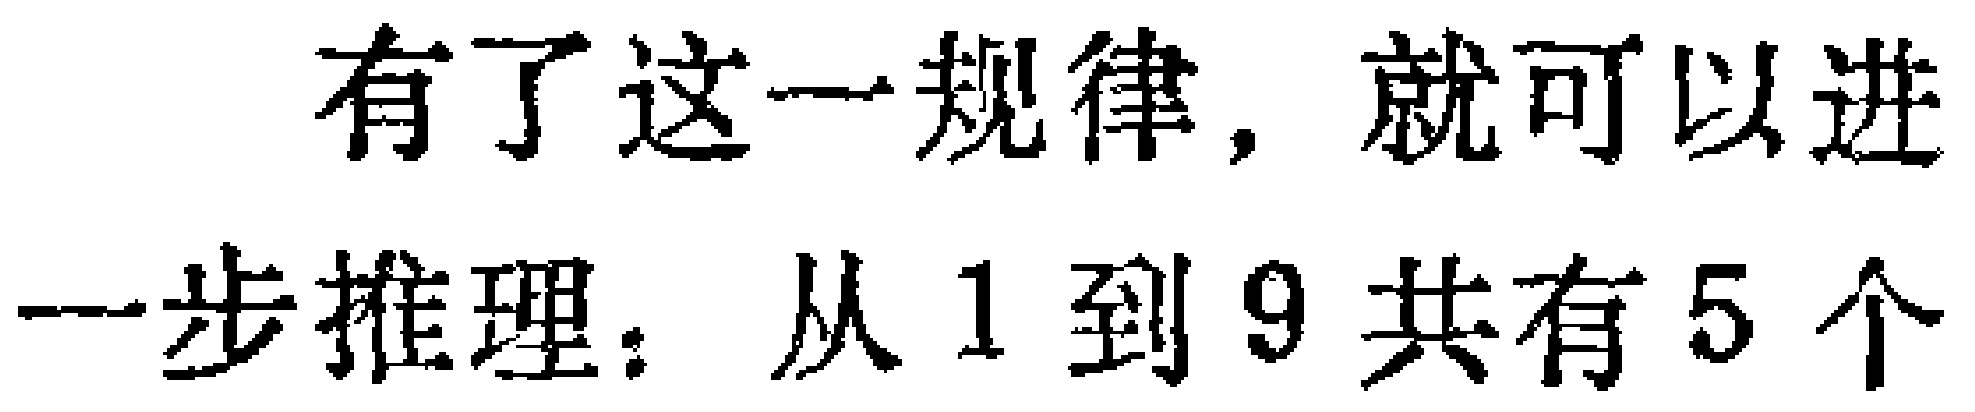
有了这一规律，就可以进一步推理：从 1 到 9 共有 5 个